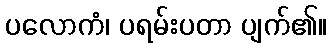
ပလောကံ၊ ပရမ်းပတာ ပျက်၏။